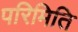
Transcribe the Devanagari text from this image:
परिमिति